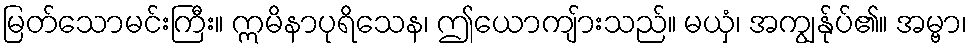
မြတ်သောမင်းကြီး။ ဣမိနာပုရိသေန၊ ဤယောကျ်ားသည်။ မယှံ၊ အကျွန်ုပ်၏။ အမ္ဗာ၊